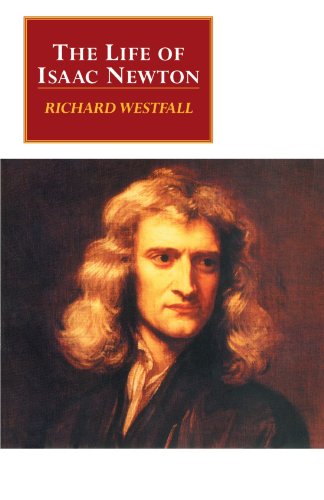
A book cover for The Life of Isaac Newton (Canto original series); Richard S. Westfall; Science & Math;